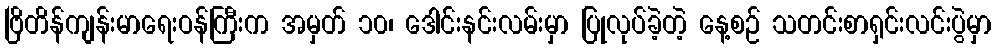
ဗြိတိန်ကျန်းမာရေးဝန်ကြီးက အမှတ် ၁၀၊ ဒေါင်းနင်းလမ်းမှာ ပြုလုပ်ခဲ့တဲ့ နေ့စဉ် သတင်းစာရှင်းလင်းပွဲမှာ